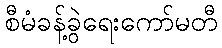
စီမံခန့်ခွဲရေးကော်မတီ